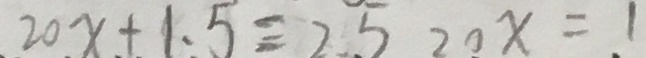
2 0 x + 1 . 5 = 2 5 2 0 x = 1